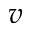
\boldsymbol { v }